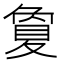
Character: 夐